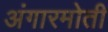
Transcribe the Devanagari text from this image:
अंगारमोती